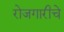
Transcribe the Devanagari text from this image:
रोजगारीचे